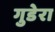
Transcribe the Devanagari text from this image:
गुडेरा